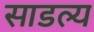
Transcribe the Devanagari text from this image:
साडल्य